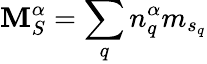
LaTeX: {\mathbf{M}}_{S}^{\alpha}=\sum_{q}{n}_{q}^{\alpha}{m}_{{s}_{q}}